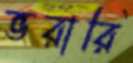
ভরারি